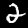
Digit: 2